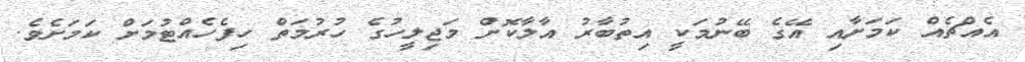
އެއްޗެއް ކަމަށާއި އޭގެ ބޭނުމަކީ އިތުބާރު އާލާކޮށް މަޖިލީހުގެ ހުރުމަތް ހިފެހެއްޓުމަށް ކަމަށެވެ.